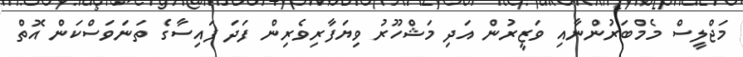
މަޖްލީސް މެމްބަރުންނާއި ވަޒީރުން އަދި މަޝްހޫރު ވިޔަފާރިވެރިން ފަދަ ފައިސާގެ ތަނަވަސްކަން އޮތް